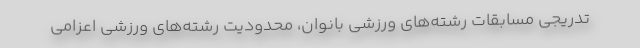
تدریجی مسابقات رشته‌های ورزشی بانوان، محدودیت رشته‌های ورزشی اعزامی